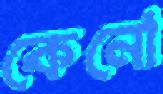
কেনো